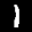
Label: 1